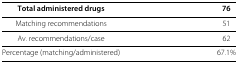
| Total administered drugs | 76 |
 | --- | --- |
 | Matching recommendations | 51 |
 | Av. recommendations/case | 62 |
 | Percentage (matching/administered) | 67.1% |